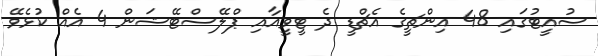
ސުއީޓުގައި 48 އިންޗީގެ އެޗްޑީ ދެ ޓީވީއާއި ޕްލޭސްޓޭޝަން 4 އެއް ކުޅެވޭ